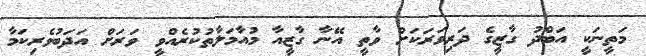
މަތީނަކީ އަބްދު ގާޒީގެ ދަރިވަރަކަށް ވާތީ އޭނާ ގާޒީއާ މުއާމަލާތުކުރެއްވީ ވަރަށް އަދަބުވެރިކަމާ